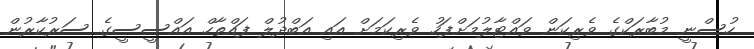
ހުސްނީ މުބާރަކްގެ ވެރިކަން ވައްޓާލުމަށްފަހު ވެރިކަމަށް އައި އަބްދުލް ފައްތާހް އައްސީސީގެ ސަރުކާރުން